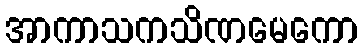
အာကာသကသိဏမေကော